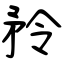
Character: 矝